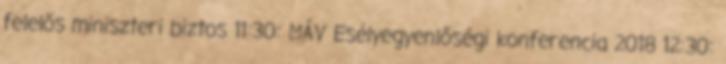
felelős miniszteri biztos 11:30: MÁV Esélyegyenlőségi konferencia 2018 12:30: